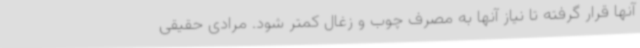
آنها قرار گرفته تا نیاز آنها به مصرف چوب و زغال کمتر شود. مرادی حقیقی